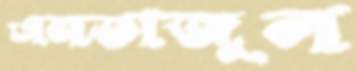
এনতাজুল